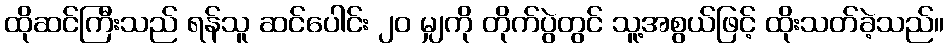
ထိုဆင်ကြီးသည် ရန်သူ ဆင်ပေါင်း ၂၀ မျှကို တိုက်ပွဲတွင် သူ့အစွယ်ဖြင့် ထိုးသတ်ခဲ့သည်။